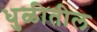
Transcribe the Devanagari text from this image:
धुळीतील